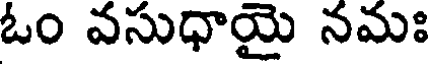
ఓం వసుధాయై నమః